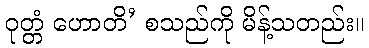
ဝုတ္တံ ဟောတိ’ စသည်ကို မိန့်သတည်း။